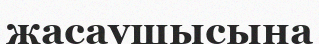
жасаушысына